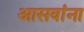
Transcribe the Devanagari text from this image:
आसवांना